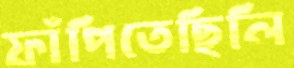
ফাঁপিতেছিলি